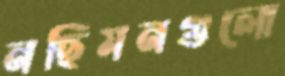
নছিমনগুলো